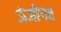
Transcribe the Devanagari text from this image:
ऊंजीगत